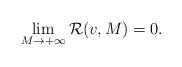
LaTeX: \begin{align*}\lim_{M\to+\infty}\mathcal{R}(v,M)=0.\end{align*}